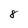
Character: 8